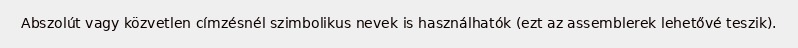
Abszolút vagy közvetlen címzésnél szimbolikus nevek is használhatók (ezt az assemblerek lehetővé teszik).